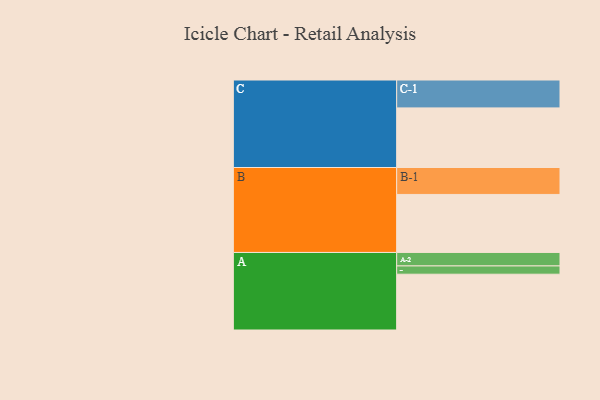
{"axis": {"x": "Segment", "y": "Value"}, "legend": ["", "A", "B", "C"], "data": [{"x": "A", "y": 526, "type": ""}, {"x": "B", "y": 547, "type": ""}, {"x": "C", "y": 562, "type": ""}, {"x": "A-1", "y": 78, "type": "A"}, {"x": "A-2", "y": 127, "type": "A"}, {"x": "B-1", "y": 254, "type": "B"}, {"x": "C-1", "y": 263, "type": "C"}]}